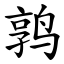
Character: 鹑